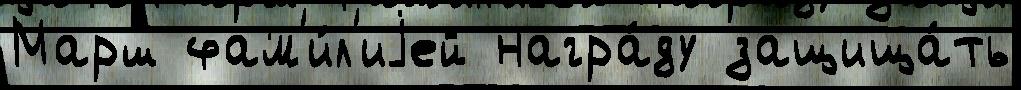
Марш фам'и́л'иjей награ́ду защища́ть